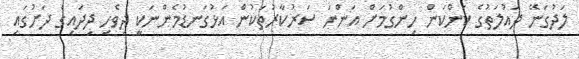
ލަދުގަނޭ ދައުލަތުގެ ކަންކަން ހިންގުމަށް އަންނަ ސަރުކާރުތަކުން އަޅުގަނޑުމެންނަކީ ދިވެހި ދިދައިގެ ދަށުގައި